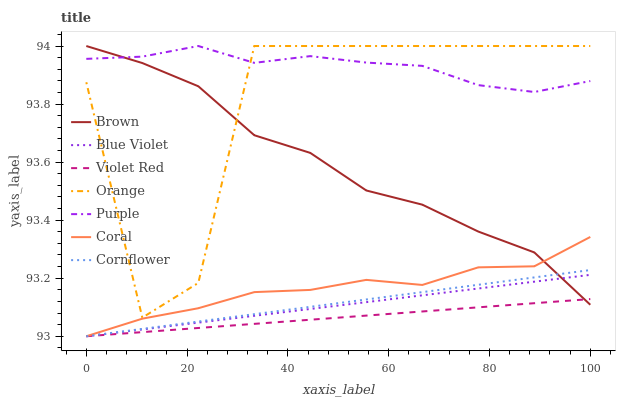
| xaxis_label | Brown | Blue Violet | Violet Red | Orange | Purple | Coral | Cornflower |
 | --- | --- | --- | --- | --- | --- | --- | --- |
 | 0 | 94 | 93 | 93 | 93.9 | 94 | 93 | 93 |
 | 11.1 | 93.9 | 93 | 93 | 93.1 | 94 | 93.1 | 93 |
 | 22.2 | 93.9 | 93 | 93 | 93.2 | 94 | 93.1 | 93.1 |
 | 33.3 | 93.7 | 93.1 | 93 | 94 | 93.9 | 93.2 | 93.1 |
 | 44.4 | 93.6 | 93.1 | 93.1 | 94 | 94 | 93.2 | 93.1 |
 | 55.6 | 93.5 | 93.1 | 93.1 | 94 | 93.9 | 93.2 | 93.1 |
 | 66.7 | 93.5 | 93.1 | 93.1 | 94 | 93.9 | 93.2 | 93.2 |
 | 77.8 | 93.4 | 93.2 | 93.1 | 94 | 93.9 | 93.2 | 93.2 |
 | 88.9 | 93.3 | 93.2 | 93.1 | 94 | 93.8 | 93.2 | 93.2 |
 | 100 | 93.1 | 93.2 | 93.1 | 94 | 93.9 | 93.3 | 93.2 |